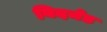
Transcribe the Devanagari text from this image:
बिदमेड